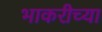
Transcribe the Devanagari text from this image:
भाकरीच्या